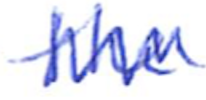
Text: the
Cross-out: zig-zag
Writing tool: ballpoint